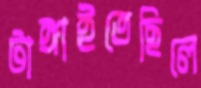
টাঙ্গাইতেছিলে